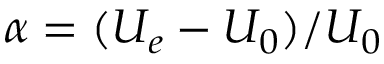
\alpha = ( U _ { e } - U _ { 0 } ) / U _ { 0 }